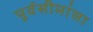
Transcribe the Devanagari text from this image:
पूर्वसीमांसा